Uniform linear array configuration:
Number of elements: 48
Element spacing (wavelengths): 1
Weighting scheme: hann
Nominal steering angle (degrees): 45
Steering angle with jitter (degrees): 45.922
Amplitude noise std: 0.05
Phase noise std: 0.05

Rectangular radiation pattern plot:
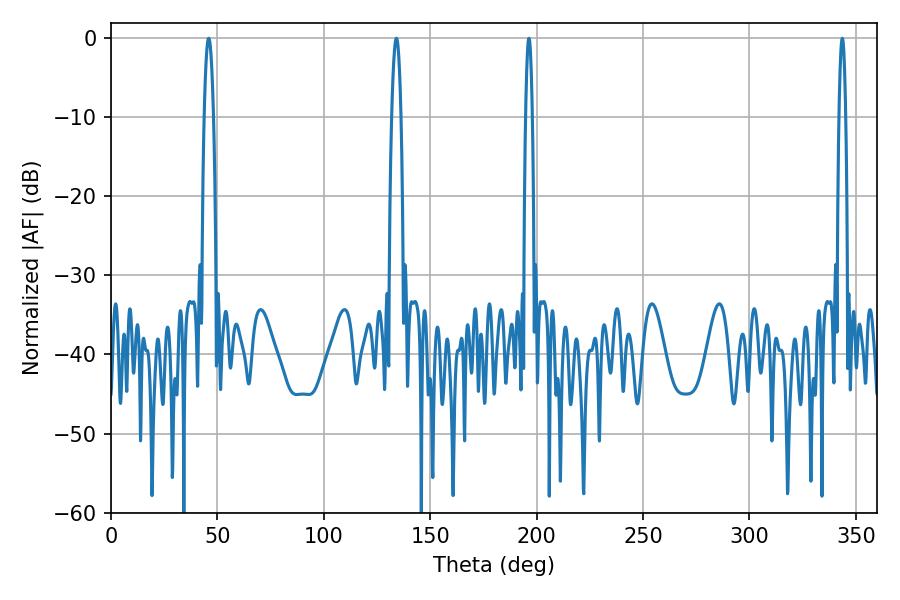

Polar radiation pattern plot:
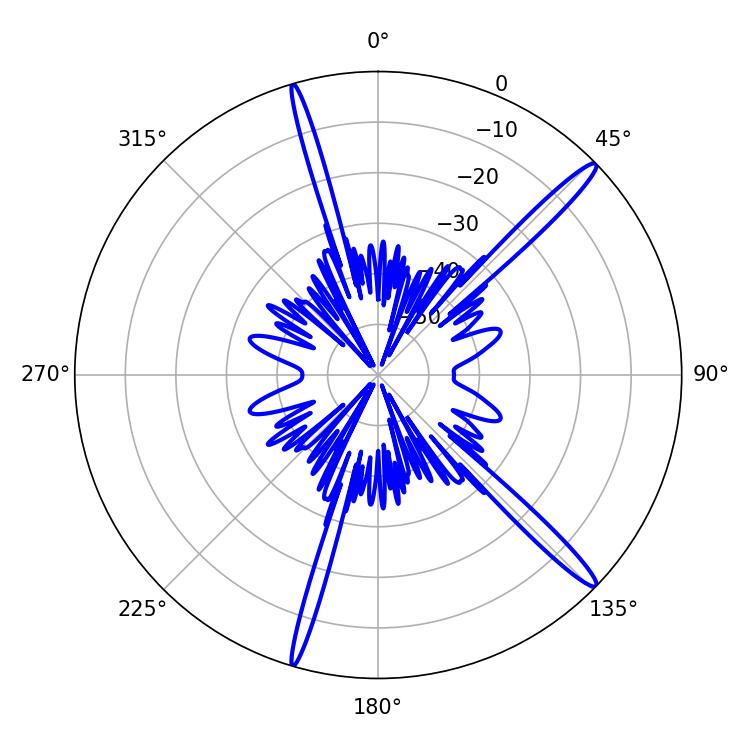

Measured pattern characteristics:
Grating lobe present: TRUE
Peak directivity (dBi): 16.26
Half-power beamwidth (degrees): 2.34
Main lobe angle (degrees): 45.9